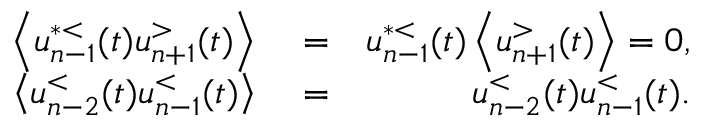
\begin{array} { r l r } { \left\langle u _ { n - 1 } ^ { * < } ( t ) u _ { n + 1 } ^ { > } ( t ) \right\rangle } & { { } = } & { u _ { n - 1 } ^ { * < } ( t ) \left\langle u _ { n + 1 } ^ { > } ( t ) \right\rangle = 0 , } \\ { \left\langle u _ { n - 2 } ^ { < } ( t ) u _ { n - 1 } ^ { < } ( t ) \right\rangle } & { { } = } & { u _ { n - 2 } ^ { < } ( t ) u _ { n - 1 } ^ { < } ( t ) . } \end{array}